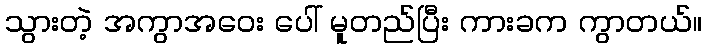
သွားတဲ့ အကွာအဝေး ပေါ် မူတည်ပြီး ကားခက ကွာတယ်။